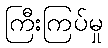
ကြီးကြပ်မှု